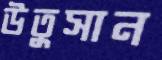
উতুসান